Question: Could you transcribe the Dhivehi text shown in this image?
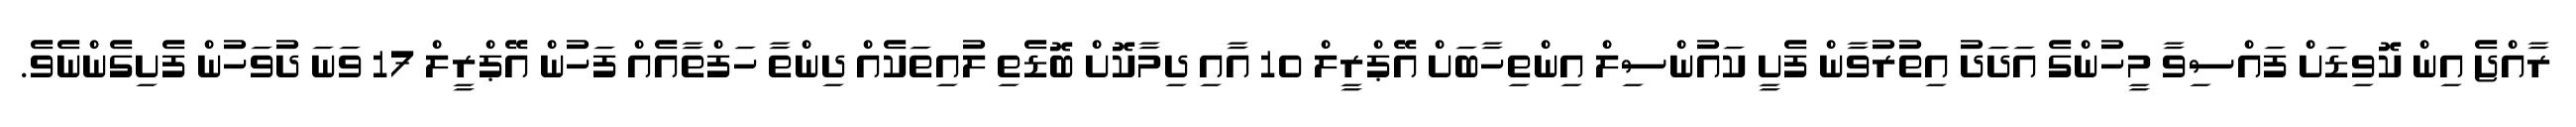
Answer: ރާއްޖެ އިން ކޮވިޑަށް ފައްސިވާ މީހުންގެ އަދަދު އިތުރުވާން ފެށީ ކައުންސިލް އިންތިހާބަށް އޭޕްރީލް 10 އާއި ދިމާކޮށް ބޮޑެތި ލުއިތަކެއް ދިންތާ ހަފްތާއެއް ފަހުން އޭޕްރީލް 17 ވަނަ ދުވަހުން ފެށިގެންނެވެ.